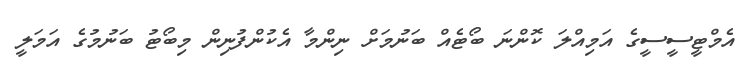
އެމްޓީސީސީގެ އަމިއްލަ ކޮންނަ ބޯޓެއް ބަނުމަށް ނިންމާ އެކުންފުނިން މިބޯޓު ބަނުމުގެ އަމަލީ